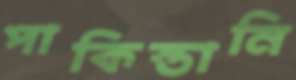
পাকিস্তানি